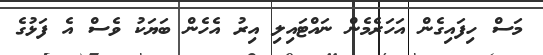
މަސް ހިފައިގެން އަހަރެމެން ނައްޓައިލި އިރު އެހެން ބަޔަކު ވެސް އެ ފަޅުގެ